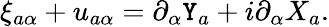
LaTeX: \xi_{a\alpha}+u_{a\alpha}=\partial_{\alpha}\mathtt{Y}_{a}+i\partial_{\alpha}X_{a}.